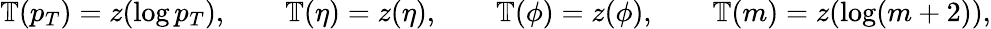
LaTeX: \begin{array}{r}{\mathbb{T}(p_{T})=z(\log p_{T}),\qquad\mathbb{T}(\eta)=z(\eta),\qquad\mathbb{T}(\phi)=z(\phi),\qquad\mathbb{T}(m)=z(\log(m+2)),}\end{array}